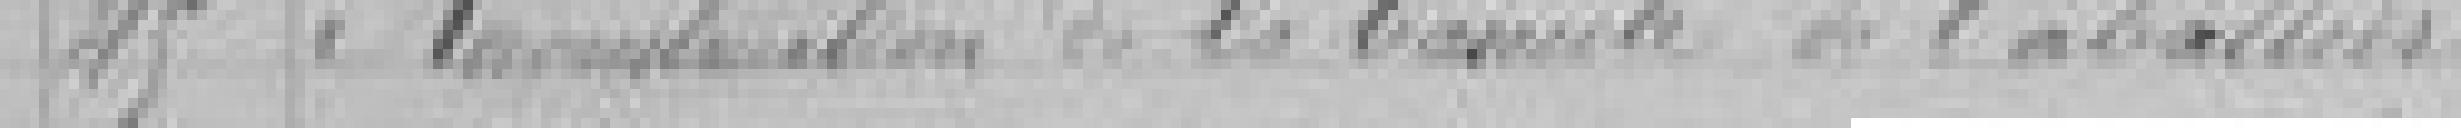
45. Reconstruction de la ... de l'abattoir.